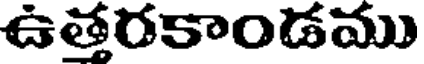
ఉత్తరకాండము